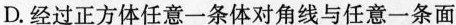
D.经过正方体任意一条体对角线与任意一条面